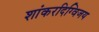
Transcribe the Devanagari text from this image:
शांकरदिग्विजय